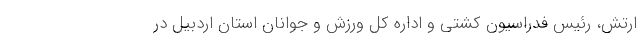
ارتش، رئیس فدراسیون کشتی و اداره کل ورزش و جوانان استان اردبیل در